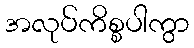
အလုပ်ကိစ္စပါကွာ